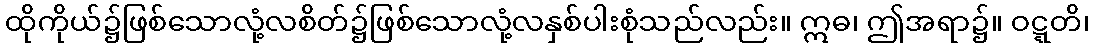
ထိုကိုယ်၌ဖြစ်သောလုံ့လစိတ်၌ဖြစ်သောလုံ့လနှစ်ပါးစုံသည်လည်း။ ဣဓ၊ ဤအရာ၌။ ဝဋ္ဋတိ၊